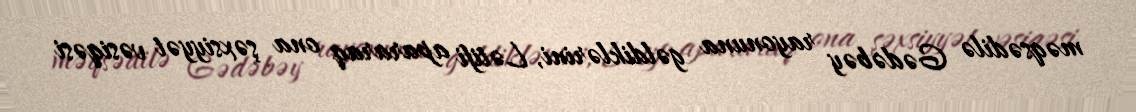
məqsədilə Gədəbəy rayonuna gəldiklərini, Lətifi apararaq ona şəxsiyyət vəsiqəsi